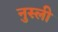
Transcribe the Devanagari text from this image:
नुस्ली